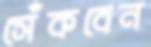
সেঁকবেন